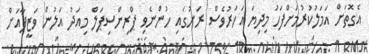
އެގޮތަށް އަމަލުކުރުމަށްފަހު މިދިޔަ އަހަރުވެސް ރަށުގައި ހުންނެވި ޕްރިންސިޕަލް މިއަދު އަލުން ވަޒީފާއަށް